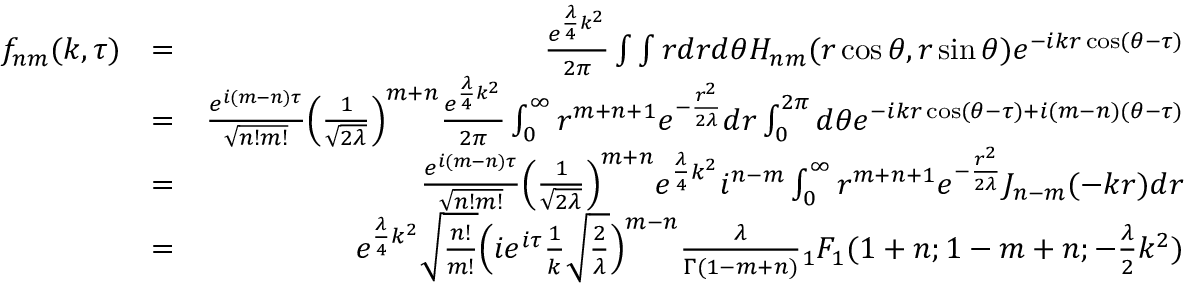
\begin{array} { r l r } { f _ { n m } ( k , \tau ) } & { = } & { \frac { e ^ { \frac { \lambda } { 4 } k ^ { 2 } } } { 2 \pi } \int \int r d r d \theta H _ { n m } ( r \cos \theta , r \sin \theta ) e ^ { - i k r \cos ( \theta - \tau ) } } \\ & { = } & { \frac { e ^ { i ( m - n ) \tau } } { \sqrt { n ! m ! } } \Big ( \frac { 1 } { \sqrt { 2 \lambda } } \Big ) ^ { m + n } \frac { e ^ { \frac { \lambda } { 4 } k ^ { 2 } } } { 2 \pi } \int _ { 0 } ^ { \infty } r ^ { m + n + 1 } e ^ { - \frac { r ^ { 2 } } { 2 \lambda } } d r \int _ { 0 } ^ { 2 \pi } d \theta e ^ { - i k r \cos ( \theta - \tau ) + i ( m - n ) ( \theta - \tau ) } } \\ & { = } & { \frac { e ^ { i ( m - n ) \tau } } { \sqrt { n ! m ! } } \Big ( \frac { 1 } { \sqrt { 2 \lambda } } \Big ) ^ { m + n } e ^ { \frac { \lambda } { 4 } k ^ { 2 } } i ^ { n - m } \int _ { 0 } ^ { \infty } r ^ { m + n + 1 } e ^ { - \frac { r ^ { 2 } } { 2 \lambda } } J _ { n - m } ( - k r ) d r } \\ & { = } & { e ^ { \frac { \lambda } { 4 } k ^ { 2 } } \sqrt { \frac { n ! } { m ! } } \Big ( i e ^ { i \tau } \frac { 1 } { k } \sqrt { \frac { 2 } { \lambda } } \Big ) ^ { m - n } \frac { \lambda } { \Gamma ( 1 - m + n ) } { _ 1 F _ { 1 } } ( 1 + n ; 1 - m + n ; - \frac { \lambda } { 2 } k ^ { 2 } ) } \end{array}